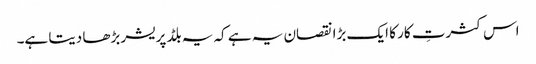
اس کثرتِ کار کا ایک بڑا نقصان یہ ہے کہ یہ بلڈ پریشر بڑھا دیتا ہے۔